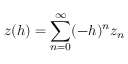
z ( h ) = \sum _ { n = 0 } ^ { \infty } ( - h ) ^ { n } z _ { n }